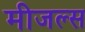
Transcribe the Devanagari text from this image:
मीजल्स